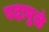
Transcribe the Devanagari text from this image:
पदामुळे